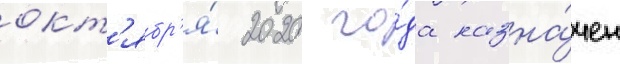
окт'ябр'я́ 2020 го́да назна́чен